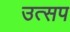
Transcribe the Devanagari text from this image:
उत्सप